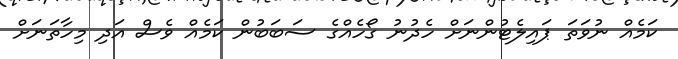
ކަމެއް ނުވަތަ ޕައިލެޓުންނަށް ހެދުނު ގޯހެއްގެ ސަބަބުން ކަމެއް ވެސް އަދި މިހާތަނަށް